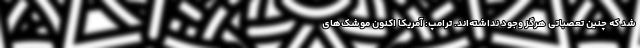
شد که چنین تعصباتی هرگز وجود نداشته‌اند. ترامپ: آمریکا اکنون موشک‌های